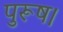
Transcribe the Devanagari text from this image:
पुरूष।